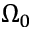
\Omega _ { 0 }